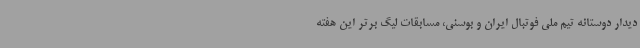
دیدار دوستانه تیم ملی فوتبال ایران و بوسنی، مسابقات لیگ برتر این هفته